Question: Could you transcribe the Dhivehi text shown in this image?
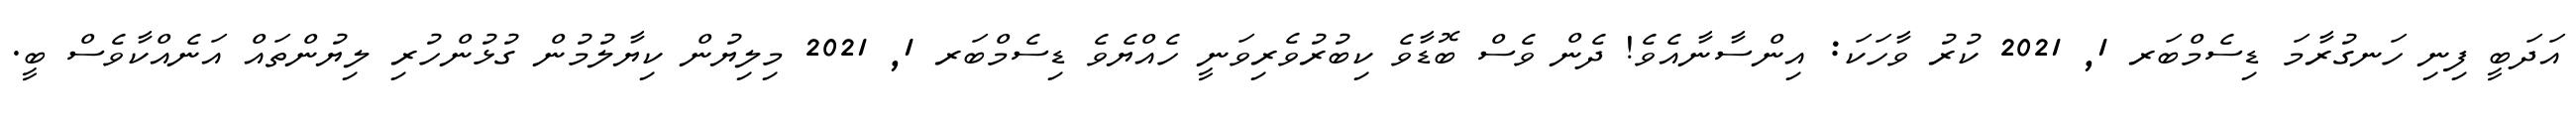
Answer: އަދަބީ ފިނި ހަނގުރާމަ ޑިސެމްބަރ 1, 2021 ކުރު ވާހަކަ: އިންސާނާއެވެ! ދެން ވެސް ބޮޑާވެ ކިބުރުވެރިވަނީ ހެއްޔެވެ ޑިސެމްބަރ 1, 2021 މިލިޔުން ކިޔާލުމުން ގުޅުންހުރި ލިޔުންތައް އަނެއްކާވެސް ބީ.